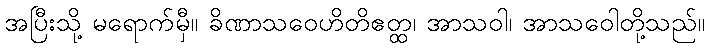
အပြီးသို့ မရောက်မှီ။ ခိဏာသဝေဟိတိဧတ္ထ၊ အာသဝါ၊ အာသဝေါတို့သည်။